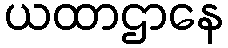
ယထာဌာနေ